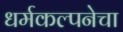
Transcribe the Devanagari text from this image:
धर्मकल्पनेचा